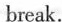
break.